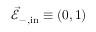
\vec { \mathcal { E } } _ { - , \mathrm { i n } } \equiv ( 0 , 1 )